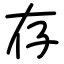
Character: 存